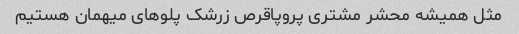
مثل همیشه محشر مشتری پروپاقرص زرشک‌ پلو‌های میهمان هستیم